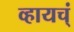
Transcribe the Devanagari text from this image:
व्हायच्ं